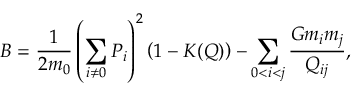
B = \frac { 1 } { 2 m _ { 0 } } \left( \sum _ { i \ne 0 } \boldsymbol { P } _ { i } \right) ^ { 2 } \left( 1 - K ( \boldsymbol { Q } ) \right) - \sum _ { 0 < i < j } \frac { G m _ { i } m _ { j } } { Q _ { i j } } ,